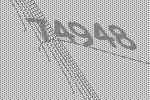
74948